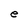
Character: e